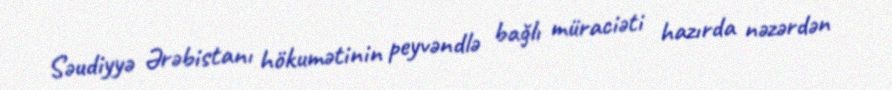
Səudiyyə Ərəbistanı hökumətinin peyvəndlə bağlı müraciəti hazırda nəzərdən